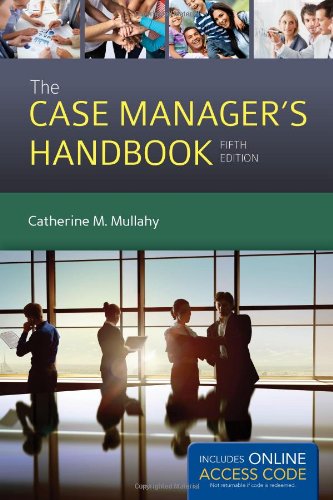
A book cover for The Case Manager's Handbook; Catherine Mullahy; Medical Books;